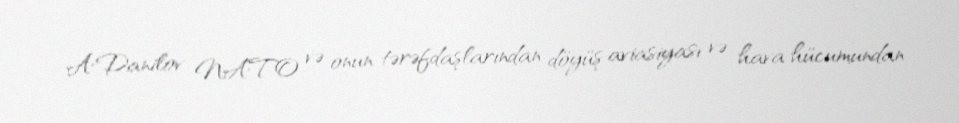
A.Danilov NATO və onun tərəfdaşlarından döyüş aviasiyası və hava hücumundan